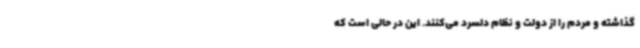
گذاشته و مردم را از دولت و نظام دلسرد می‌کنند. این در حالی است که